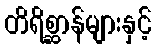
တိရိစ္ဆာန်များနှင့်